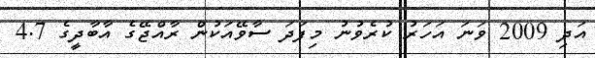
އަދި 2009 ވަނަ އަހަރު ކުރެވުނު މިފަދަ ސާވޭއަކުން ރާއްޖޭގެ އާބާދީގެ 4.7